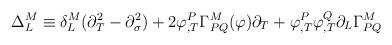
LaTeX: \begin{align*}\Delta_{L}^{M}\equiv \delta^{M}_{L}(\partial^{2}_{T}-\partial^{2}_{\sigma})+2\varphi^{P}_{,T}\Gamma^{M}_{PQ}(\varphi)\partial_{T}+\varphi^{P}_{,T}\varphi^{Q}_{,T}\partial_{L}\Gamma^{M}_{PQ}\end{align*}